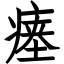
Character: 瘗